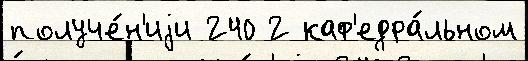
получе́н'иjи 240 2 каф'едра́льном